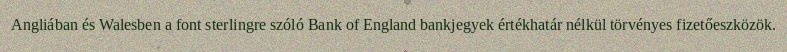
Angliában és Walesben a font sterlingre szóló Bank of England bankjegyek értékhatár nélkül törvényes fizetőeszközök.